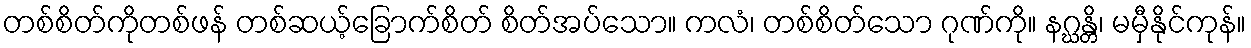
တစ်စိတ်ကိုတစ်ဖန် တစ်ဆယ့်ခြောက်စိတ် စိတ်အပ်သော။ ကလံ၊ တစ်စိတ်သော ဂုဏ်ကို။ နဂ္ဃန္တိ၊ မမှီနိုင်ကုန်။